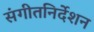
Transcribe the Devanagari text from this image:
संगीतनिर्देशन